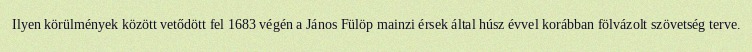
Ilyen körülmények között vetődött fel 1683 végén a János Fülöp mainzi érsek által húsz évvel korábban fölvázolt szövetség terve.